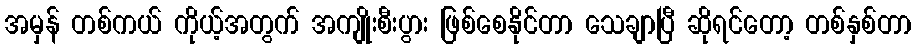
အမှန် တစ်ကယ် ကိုယ့်အတွက် အကျိုးစီးပွား ဖြစ်စေနိုင်တာ သေချာပြီ ဆိုရင်တော့ တစ်နှစ်တာ